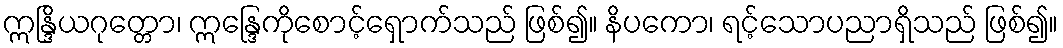
ဣန္ဒြိယဂုတ္တော၊ ဣန္ဒြေကိုစောင့်ရှောက်သည် ဖြစ်၍။ နိပကော၊ ရင့်သောပညာရှိသည် ဖြစ်၍။